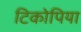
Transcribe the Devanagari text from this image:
टिकोपिया